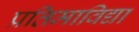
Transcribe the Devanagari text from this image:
प्रतिमाविद्या